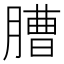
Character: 䐬